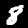
Digit: 8